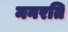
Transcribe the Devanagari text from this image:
मनरति